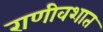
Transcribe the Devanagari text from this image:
राणीवशात